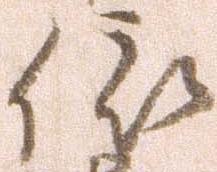
依